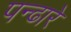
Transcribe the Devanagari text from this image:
पन्ढारे